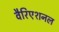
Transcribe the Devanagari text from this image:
वैरिएशनल